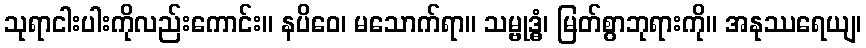
သုရာငါးပါးကိုလည်းကောင်း။ နပိဝေ၊ မသောက်ရာ။ သမ္ဗုဒ္ဓံ၊ မြတ်စွာဘုရားကို။ အနုဿရေယျ၊